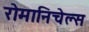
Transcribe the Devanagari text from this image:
रोमानिचेल्स